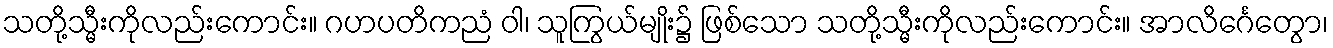
သတို့သ္မီးကိုလည်းကောင်း။ ဂဟပတိကညံ ဝါ၊ သူကြွယ်မျိုး၌ ဖြစ်သော သတို့သ္မီးကိုလည်းကောင်း။ အာလိင်္ဂေတွော၊